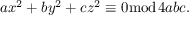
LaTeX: a x ^ { 2 } + b y ^ { 2 } + c z ^ { 2 } \equiv 0 { \bmod { 4 a b c } } .